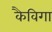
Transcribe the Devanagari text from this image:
कैविगा